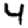
Digit: 4